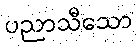
ပညာသီသော